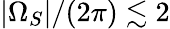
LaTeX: |\Omega_{S}|/(2\pi)\lesssim 2